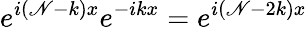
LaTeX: e^{i(\mathscr{N}-k)x}e^{-ikx}=e^{i(\mathscr{N}-2k)x}